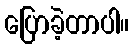
ပြောခဲ့တာပါ။